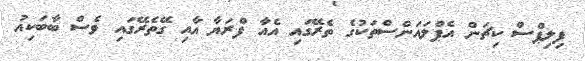
ފިލިޕްސް ކިޗަން އެޕްލައަންސްތަކުގެ ތެރޭގައި އެއާ ފްރަޔާ އާއި ގޭތެރޭގައި ވެސް ބާބަކިއު